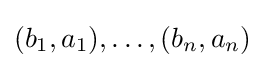
(b_{1},a_{1}),\dots ,(b_{n},a_{n})